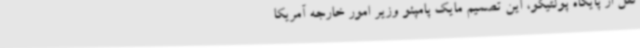
نقل از پایگاه پولتیکو، این تصمیم مایک پامپئو وزیر امور خارجه آمریکا